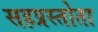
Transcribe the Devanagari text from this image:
सहप्रस्तोता